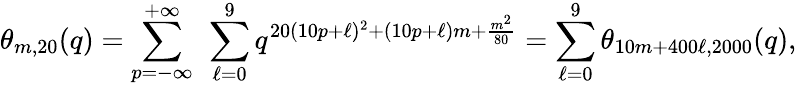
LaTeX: \theta_{m,20}(q)=\sum_{p=-\infty}^{+\infty}~\sum_{\ell=0}^{9}q^{20(10p+\ell)^{2}+(10p+\ell)m+\frac{m^{2}}{80}}=\sum_{\ell=0}^{9}\theta_{10m+400\ell,2000}(q),